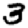
Digit: 3